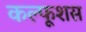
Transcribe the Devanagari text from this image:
कल्फूशस